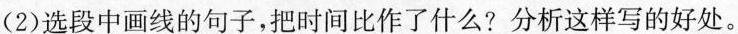
(2) 选段中画线的句子，把时间比作了什么?分析这样写的好处。